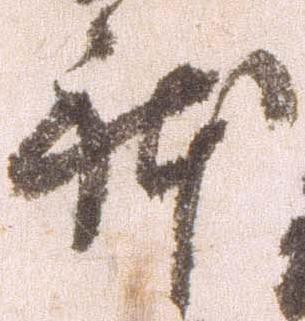
体